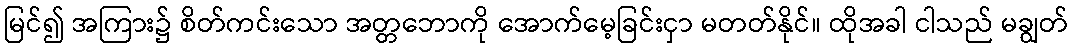
မြင်၍ အကြား၌ စိတ်ကင်းသော အတ္တဘောကို အောက်မေ့ခြင်းငှာ မတတ်နိုင်။ ထိုအခါ ငါသည် မချွတ်